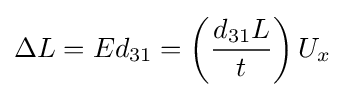
\Delta L=Ed_{31}=\left({\frac {d_{31}L}{t}}\right)U_{x}